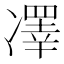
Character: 凙